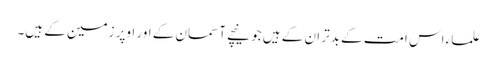
علماء اس امت کے بدتر ان کے ہیں جو نیچے آسمان کے اور اوپر زمین کے ہیں۔